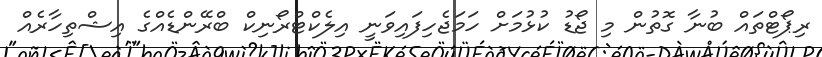
ރިޕޯޓްތައް ބުނާ ގޮތުން މި ޖޯޑު ކުޅުމަށް ހަމަޖެހިފައިވަނީ އިލެކްޓްރޯނިކް ބްރޭންޑެއްގެ އިޝްތިހާރެއް